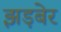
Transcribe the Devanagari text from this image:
झड़बेर